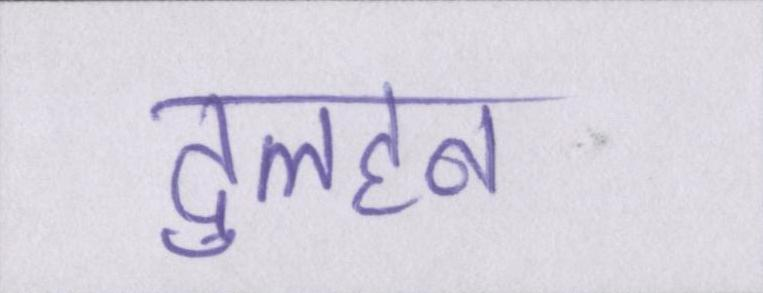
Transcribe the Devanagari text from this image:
दुलहन